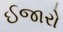
ઈજારો